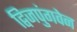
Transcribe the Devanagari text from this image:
द्विजपुंगवेन